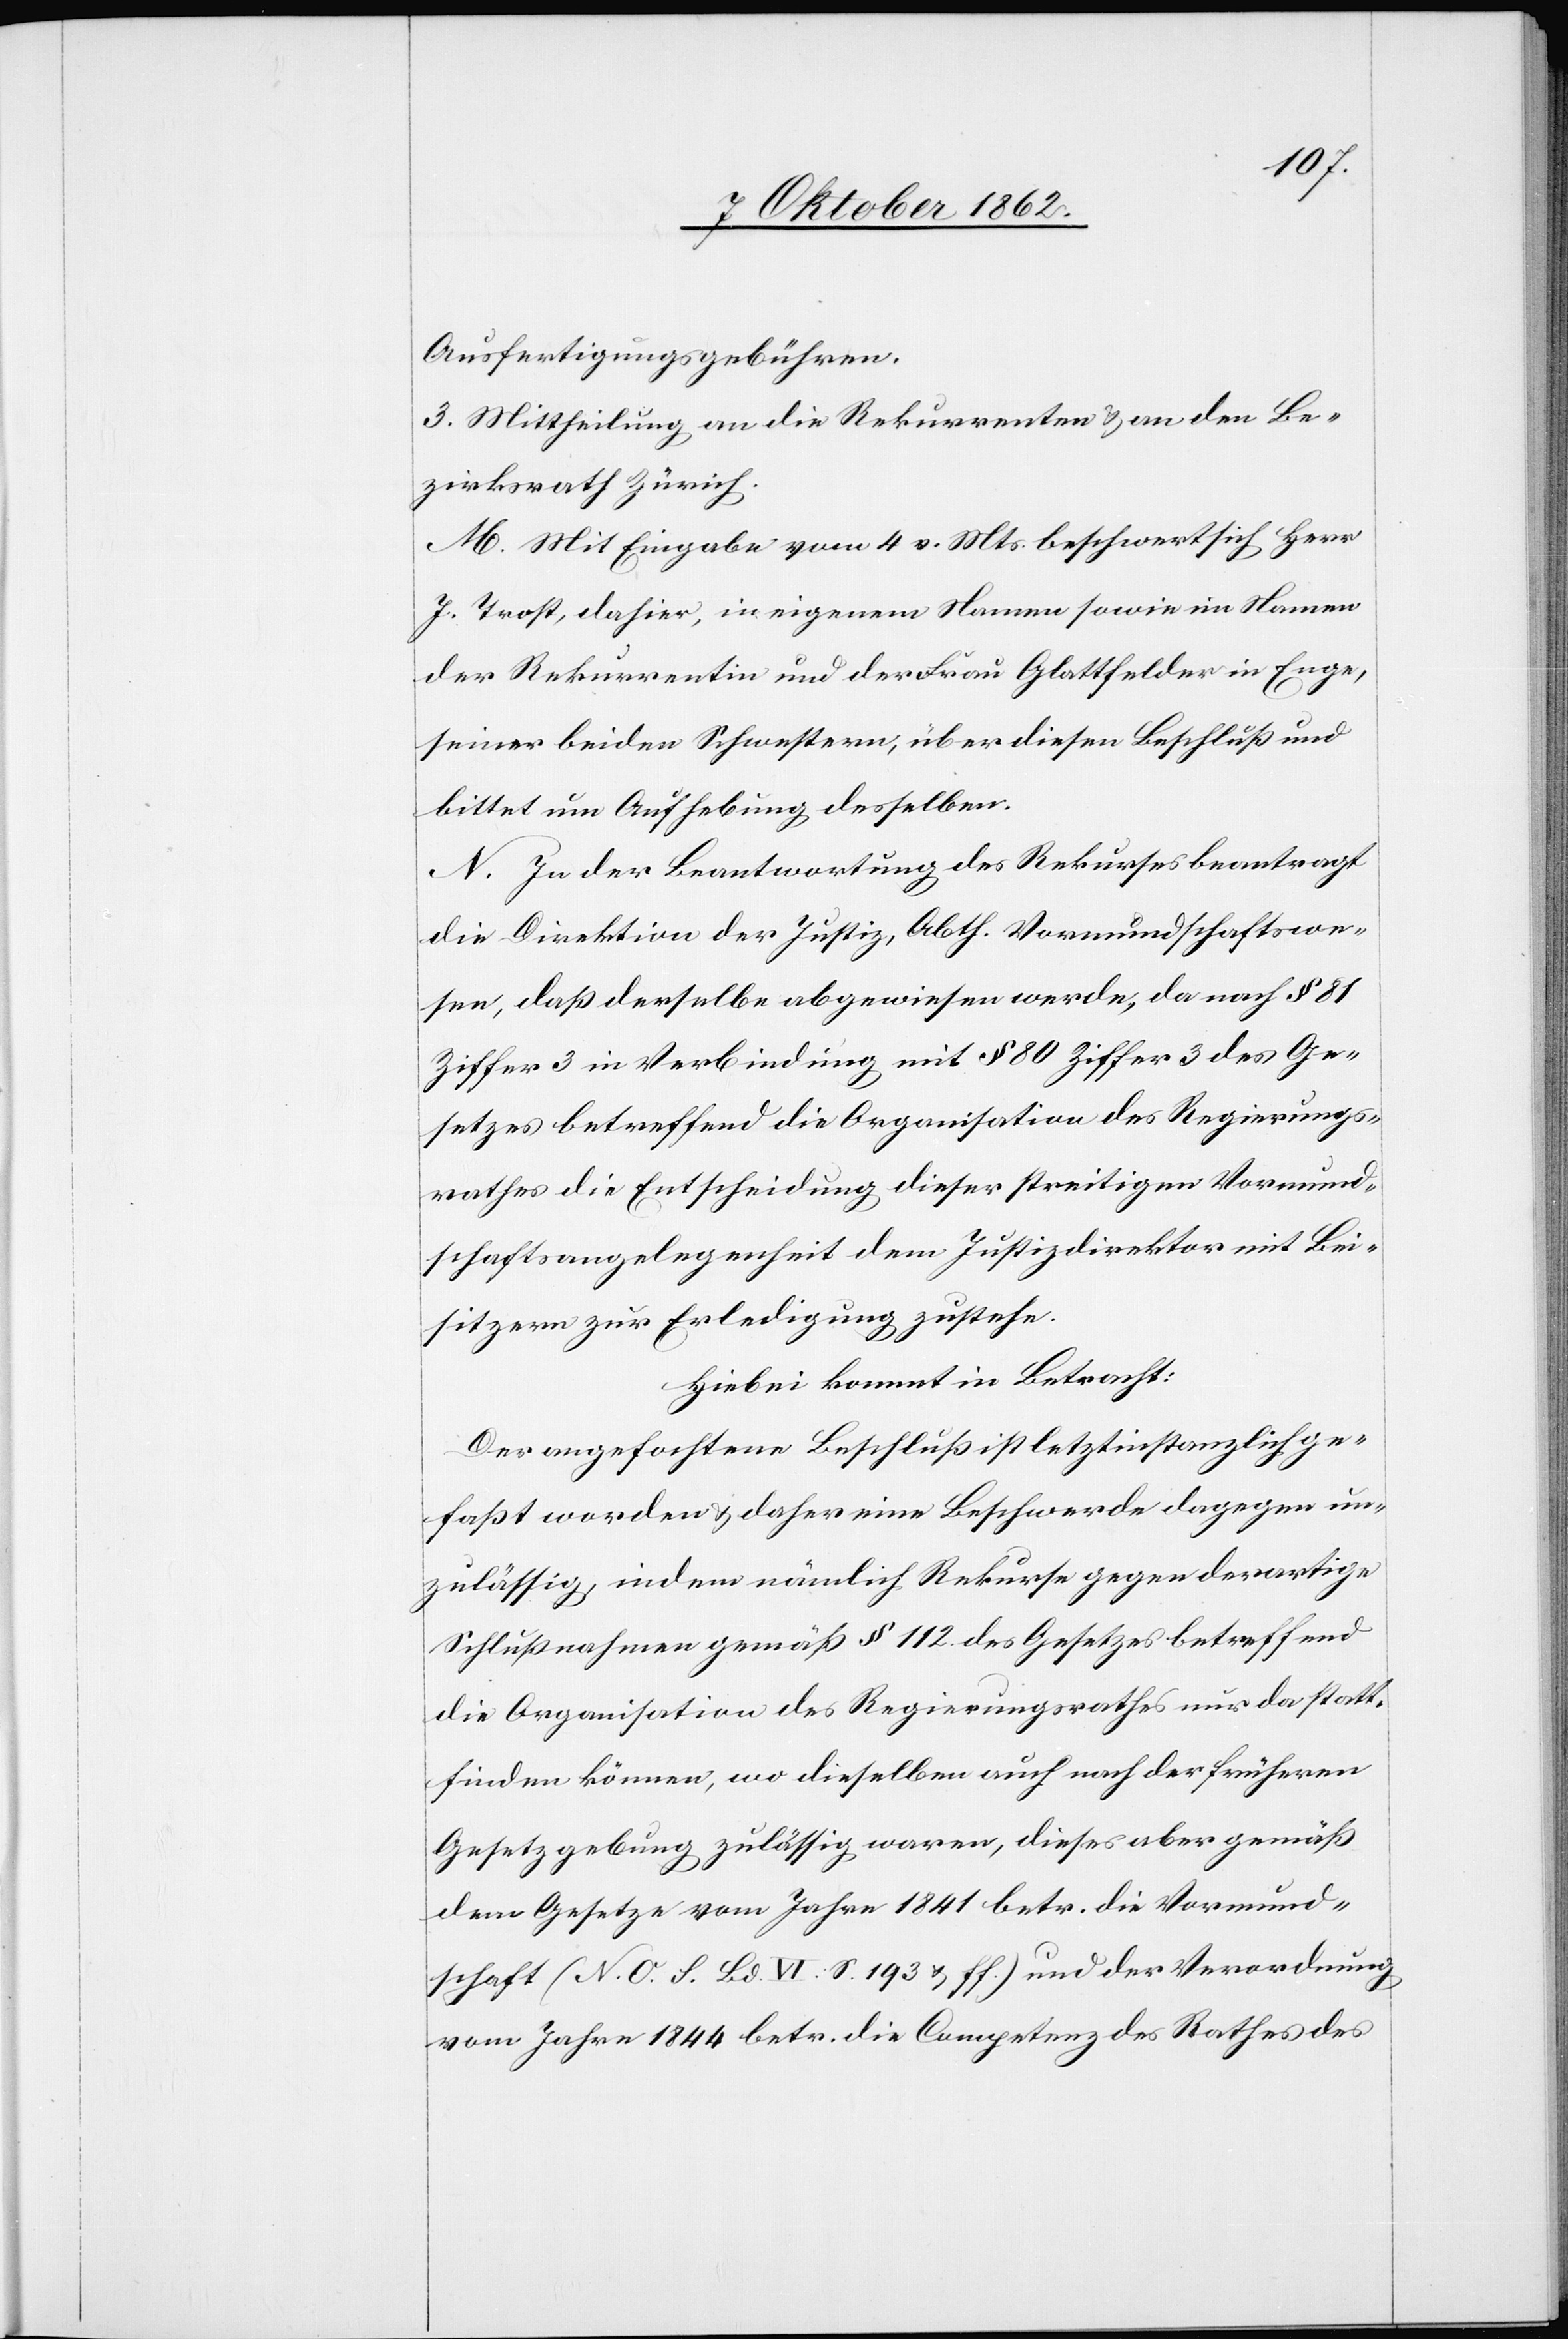
Ausfertigungsgebühren.
3. Mittheilung an die Rekurrenten u. an den Be¬
zirksrath Zürich.
M. Mit Eingabe vom 4. v. Mts. beschwert sich Herr
J. Trost, dahier, in eigenem Namen sowie im Namen
der Rekurrentin und der Frau Glattfelder in Enge,
seiner beiden Schwestern, über diesen Beschluß und
bittet um Aufhebung desselben.
N. In der Beantwortung des Rekurses beantragt
die Direktion der Justiz, Abth. Vormundschaftswe¬
sen, daß derselbe abgewiesen werde, da nach § 81
Ziffer 3 in Verbindung mit § 80 Ziffer 3 des Ge¬
setzes betreffend die Organisation des Regierungs¬
rathes die Entscheidung dieser streitigen Vormund¬
schaftsangelegenheit dem Justizdirektor mit Bei¬
sitzern zur Erledigung zustehe.
Hiebei kommt in Betracht:
Der angefochtene Beschluß ist letztinstanzlich ge¬
faßt worden u. daher eine Beschwerde dagegen un¬
zulässig, indem nämlich Rekurse gegen derartige
Schlußnahmen gemäß § 112 des Gesetzes betreffend
die Organisation des Regierungsrathes nur da statt¬
finden können, wo dieselben auch nach der früheren
Gesetzgebung zulässig waren, dieses aber gemäß
dem Gesetze vom Jahre 1841 betr. die Vormund¬
schaft (N. o. S. Bd. VI. S. 193 u. ff.) und der Verordnung
vom Jahre 1844 betr. die Competenz des Rathes des